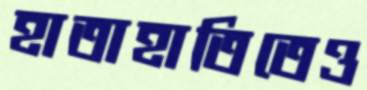
হাতাহাতিতেও